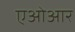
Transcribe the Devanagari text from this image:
एओआर